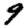
Digit: 9